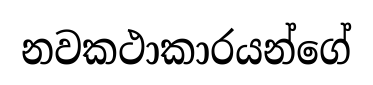
නවකථාකාරයන්ගේ